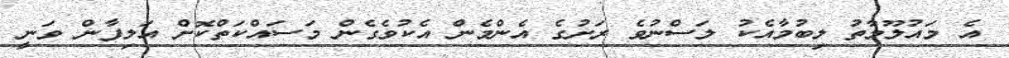
އެ މައުލޫމާތު ލިބުމާއެކު ލަސްނުވެ ރަށުގެ އެންމެން އެކުވެގެން މަސައްކަތްކޮށް އަލިފާން ވަނީ